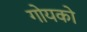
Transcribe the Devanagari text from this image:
गोयको